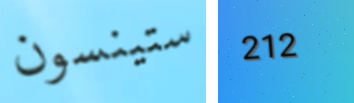
ستينسون 212